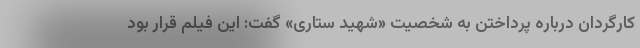
کارگردان درباره پرداختن به شخصیت «شهید ستاری» گفت: این فیلم قرار بود